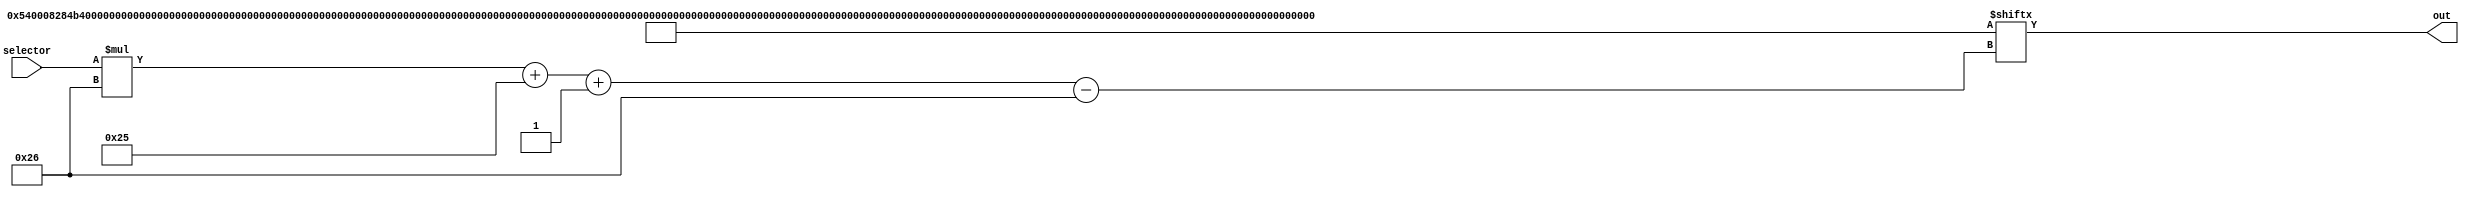
/*
   This file was generated automatically by Alchitry Labs version 1.2.7.
   Do not edit this file directly. Instead edit the original Lucid source.
   This is a temporary file and any changes made to it will be destroyed.
*/

module rom1_8 (
    input [4:0] selector,
    output reg [37:0] out
  );
  
  
  
  localparam INPUTS = 874'h000540008284b400038c51a0000a115bd000580b22acd11aac3a5ad2586ce92e49e001500116000040003700000000dc00000007700010000d400000007500000001cc00000003300010001060001fffc17fffffff040007fffc10001ffff0230ab88a0072cb6200000057ffec0;
  
  always @* begin
    out = INPUTS[(selector)*38+37-:38];
  end
endmodule